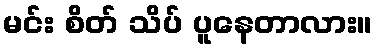
မင်း စိတ် သိပ် ပူနေတာလား။